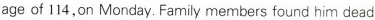
age of 114,on Monday. Family members found him dead